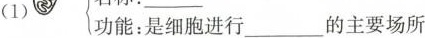
(1) 功能：是细胞进行___的主要场所